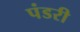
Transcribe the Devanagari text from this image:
पंडरी